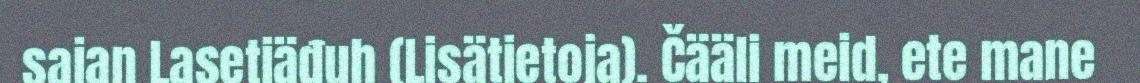
sajan Lasetiäđuh (Lisätietoja). Čääli meid, ete mane